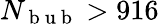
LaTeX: N_{\mathrm{~b~u~b~}}>916